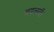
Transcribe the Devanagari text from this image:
बदलतीं।